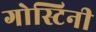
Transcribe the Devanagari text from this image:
गोस्टिनी